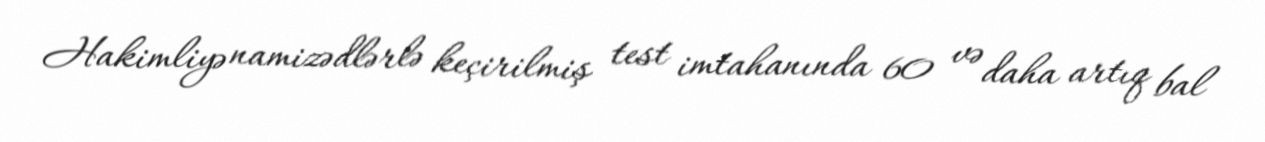
Hakimliyə namizədlərlə keçirilmiş test imtahanında 60 və daha artıq bal